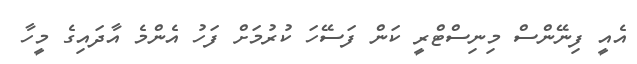
އެއީ ފިނޭންސް މިނިސްޓްރީ ކަން ފަސޭހަ ކުރުމަށް ފަހު އެންމެ އާދައިގެ މީހާ